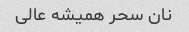
نان سحر همیشه عالی